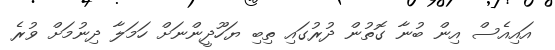
އައިއެސް އިން ބުނާ ގޮތުން ދުރުގައި ތިބި ޔަހޫދީންނަށް ހަމަލާ ދިނުމަށް ވުރެ